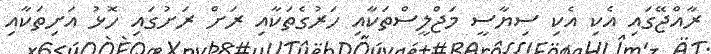
ރާއްޖޭގައި އެކި އެކި ސިޔާސީ މަޖްލީސްތަކާއި ހަރުގެތަކާއި ރަށް ރަށުގައި ހޮޅު އަށިތަކާއި